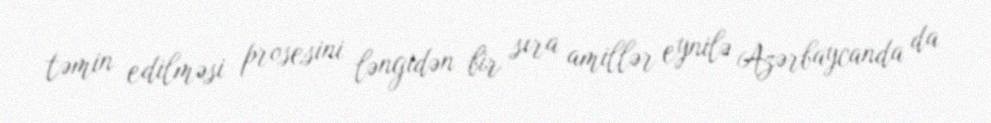
təmin edilməsi prosesini ləngidən bir sıra amillər eynilə Azərbaycanda da